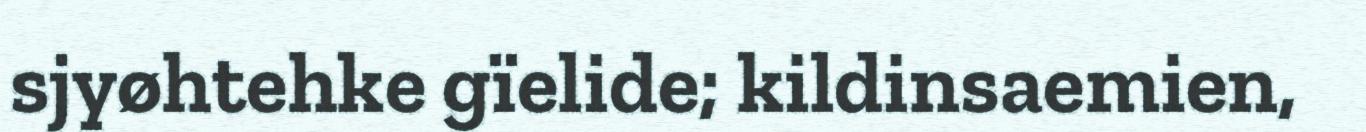
sjyøhtehke gïelide; kildinsaemien,